Problem: 47 + 41 = ?
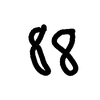
Handwritten answer: 88